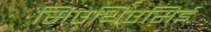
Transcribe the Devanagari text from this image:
सिऐथिएसिई